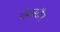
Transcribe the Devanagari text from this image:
रोथस्टीन